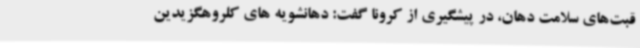
قبت‌های سلامت دهان، در پیشگیری از کرونا گفت: دهانشویه های کلروهگزیدین